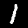
Label: 1